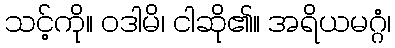
သင့်ကို။ ဝဒါမိ၊ ငါဆို၏။ အရိယမဂ္ဂံ၊